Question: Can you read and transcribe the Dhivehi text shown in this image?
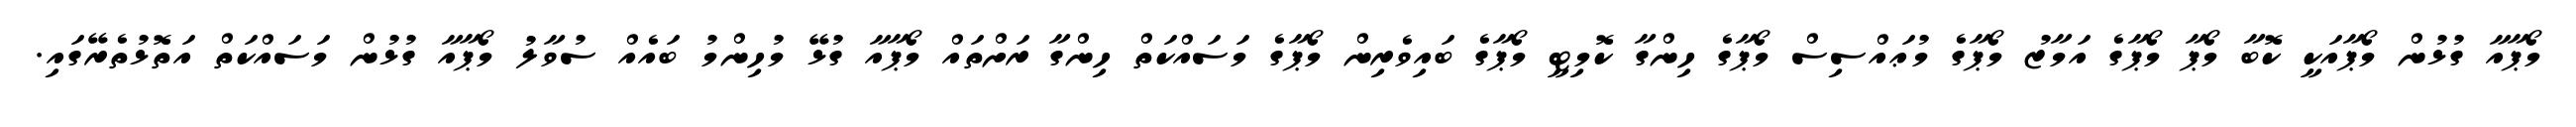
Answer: މޯޕާއާ ގުޅުން މޯޕާއަކީ ކޮބާ މޯޕާ މޯޕާގެ އަމާޒު މޯޕާގެ މުޢައްސިސް މޯޕާގެ ހިންގާ ކޮމިޓީ މޯޕާގެ ބައިވެރިން މޯޕާގެ މަސައްކަތް ހިންގާ ރަށްތައް މޯޕާއާ ގުޅޭ މުހިންމު ބައެއް ސުވާލު މޯޕާއާ ގުޅުން މަސައްކަތް އަތޮޅުތެރޭގައި.